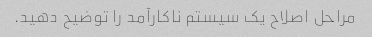
مراحل اصلاح یک سیستم ناکارآمد را توضیح دهید.